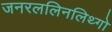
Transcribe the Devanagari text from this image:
जनरललिनलिथ्गो